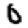
Digit: 0